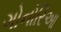
ગોનોરિઆ